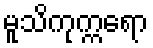
မူသိကုက္ကရော